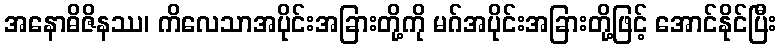
အနောဓိဇိနဿ၊ ကိလေသာအပိုင်းအခြားတို့ကို မဂ်အပိုင်းအခြားတို့ဖြင့် အောင်နိုင်ပြီး